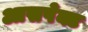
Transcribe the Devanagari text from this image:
आसपेक्ट